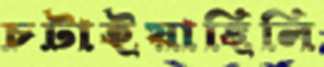
চটাইয়াছিলি